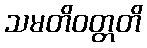
သမတိဝတ္တတိ